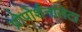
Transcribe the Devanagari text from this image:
प्रोपोर्शनलिटा